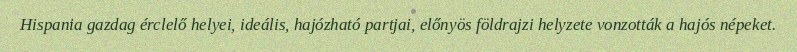
Hispania gazdag érclelő helyei, ideális, hajózható partjai, előnyös földrajzi helyzete vonzották a hajós népeket.